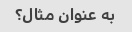
به عنوان مثال؟